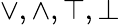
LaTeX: \vee,\wedge,\top,\bot